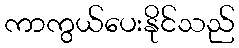
ကာကွယ်ပေးနိုင်သည်